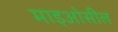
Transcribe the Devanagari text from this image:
माइओसील